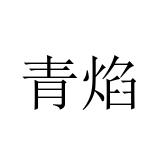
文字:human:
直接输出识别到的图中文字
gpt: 青焰